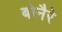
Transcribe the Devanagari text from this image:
बोनैरे